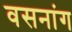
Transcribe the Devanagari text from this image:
वसनांग